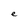
Character: e